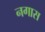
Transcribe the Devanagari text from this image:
नगास